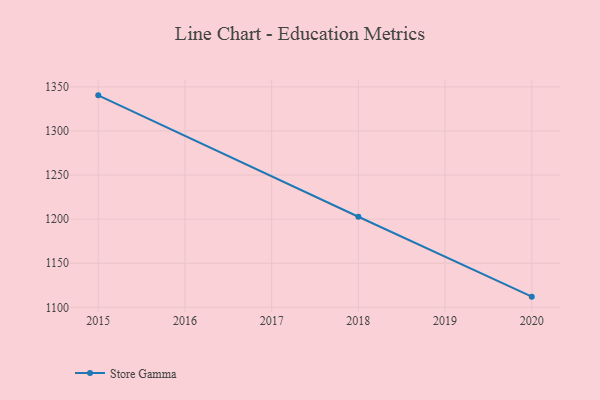
{"axis": {"x": "Year", "y": "Customer Acquisition Cost (USD)"}, "legend": ["Store Gamma"], "data": [{"x": "2020", "y": 1112.1, "type": "Store Gamma"}, {"x": "2018", "y": 1202.7, "type": "Store Gamma"}, {"x": "2015", "y": 1340.4, "type": "Store Gamma"}]}